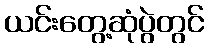
ယင်းတွေ့ဆုံပွဲတွင်